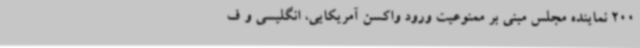
200 نماینده مجلس مبنی بر ممنوعیت ورود واکسن آمریکایی، انگلیسی و ف